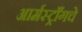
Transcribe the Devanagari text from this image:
आर्मस्ट्राँगचे